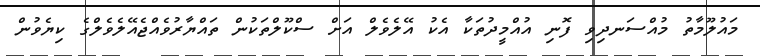
މައުލޫމާތު މުއްސަނދިވި ފޮނި އުއްމީދުތަކާ އެކު އޭލެވެލް އަށް ސްކޫލްތަކުން ތައްޔާރުވެއްޖެއޭލެވެލްގެ ކިޔެވުން